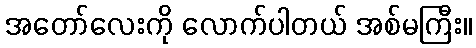
အတော်လေးကို လောက်ပါတယ် အစ်မကြီး။